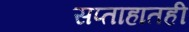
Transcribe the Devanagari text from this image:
सप्ताहातही